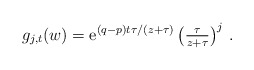
\begin{align*}g_{j,t}(w)=\mathrm{e}^{(q-p)t \tau/(z+\tau)} \left(\tfrac{\tau}{z+\tau}\right)^j\,. \end{align*}